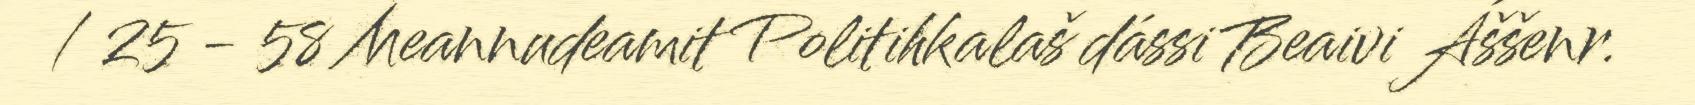
/ 25 - 58 Meannudeamit Politihkalaš dássi Beaivi Áššenr.